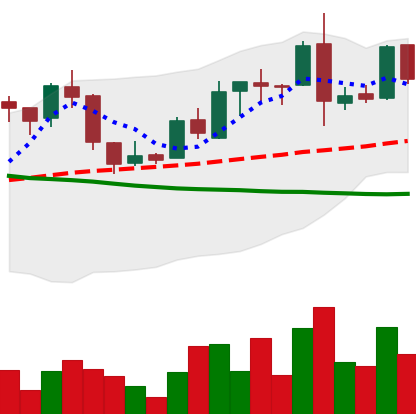
Ticker: LTC-USD
Chart end date: 2015-12-16
Forward return: -6.495%
Label: down_5_7